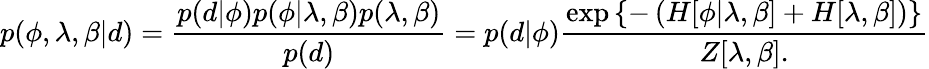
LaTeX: p(\phi,\lambda,\beta|d)=\frac{p(d|\phi)p(\phi|\lambda,\beta)p(\lambda,\beta)}{p(d)}=p(d|\phi)\frac{\exp\left\{ -\left(H[\phi|\lambda,\beta]+H[\lambda,\beta]\right)\right\} }{Z[\lambda,\beta].}